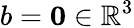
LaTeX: b=\mathbf{0}\in\mathbb{R}^{3}